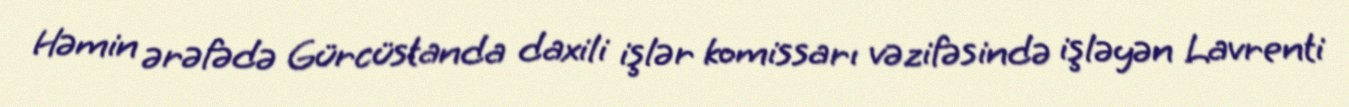
Həmin ərəfədə Gürcüstanda daxili işlər komissarı vəzifəsində işləyən Lavrenti